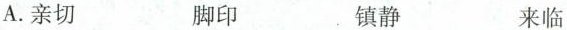
A.亲切 脚印 镇静 来临